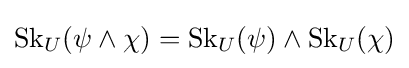
\operatorname {Sk} _{U}(\psi \land \chi )=\operatorname {Sk} _{U}(\psi )\land \operatorname {Sk} _{U}(\chi )